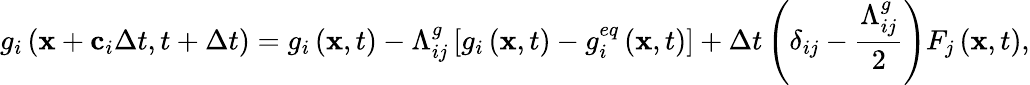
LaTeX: g_{i}\left(\mathbf{x}+\mathbf{c}_{i}\Delta t,t+\Delta t\right)=g_{i}\left(\mathbf{x},t\right)-\Lambda_{ij}^{g}\left[g_{i}\left(\mathbf{x},t\right)-g_{i}^{eq}\left(\mathbf{x},t\right)\right]+\Delta t\left(\delta_{ij}-\frac{\Lambda_{ij}^{g}}{2}\right)F_{j}\left(\mathbf{x},t\right),